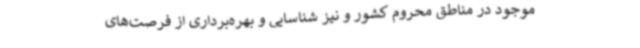
موجود در مناطق محروم کشور و نیز شناسایی و بهره‌برداری از فرصت‌های